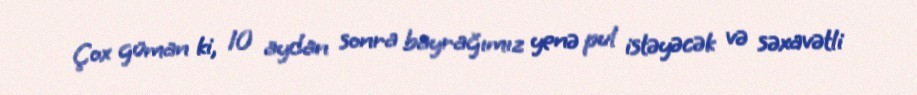
Çox güman ki, 10 aydan sonra bayrağımız yenə pul istəyəcək və səxavətli